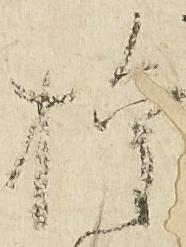
権